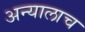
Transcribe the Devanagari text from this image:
अन्यालाच